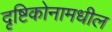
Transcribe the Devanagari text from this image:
दृष्टिकोनामधील